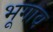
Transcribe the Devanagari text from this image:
भूगाव